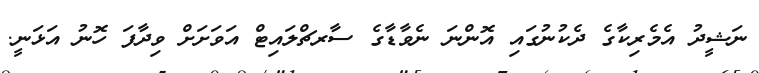
ނަޝީދު އެމެރިކާގެ ދެކުނުގައި އޮންނަ ނެވާޑާގެ ސާރޗްލައިޓް އަވަށަށް ވިދާފަ ހޮނު އަޅަނީ.